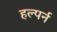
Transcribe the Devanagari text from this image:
हल्पर्न